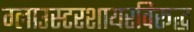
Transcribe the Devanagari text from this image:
ग्लाउस्टरशायरविरूद्ध